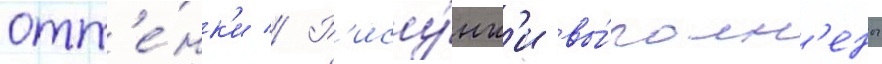
отт'е́нк'и // Р'ису́нк'и вы́полн'ены